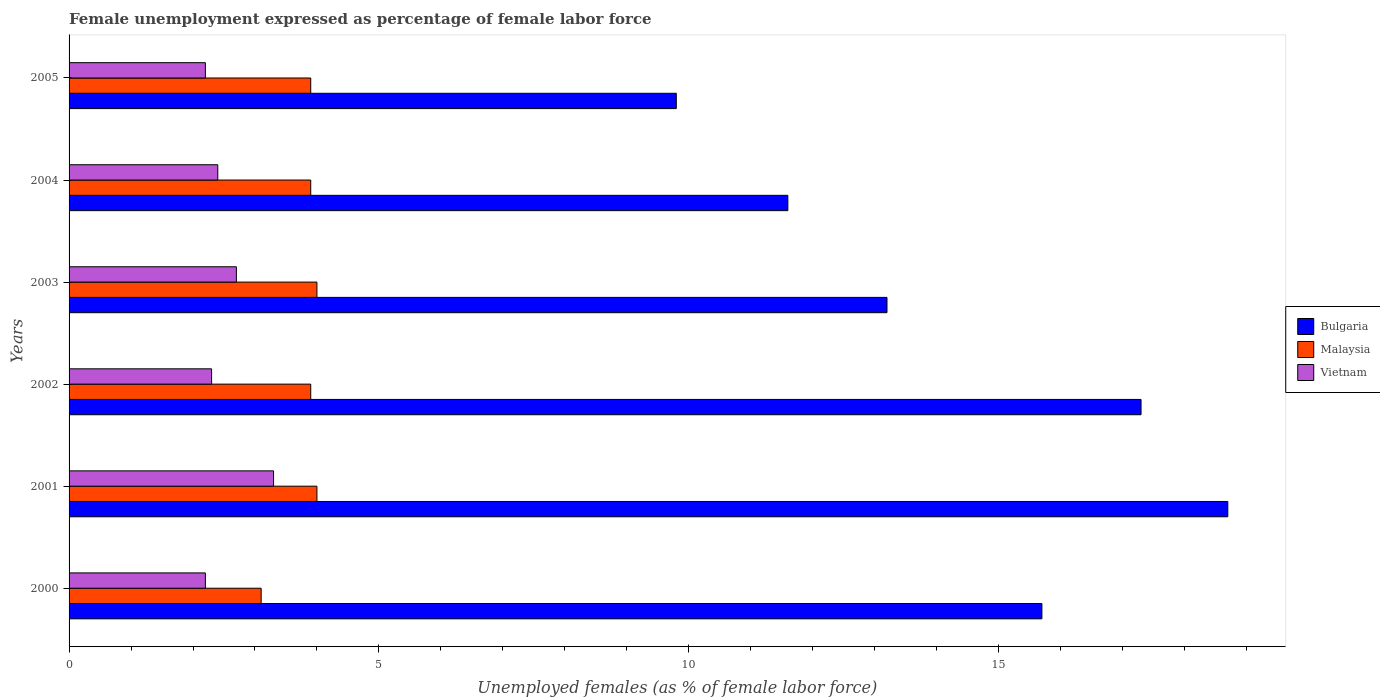
| Years | Bulgaria | Malaysia | Vietnam |
 | --- | --- | --- | --- |
 | 2000 | 15.7 | 3.1 | 2.2 |
 | 2001 | 18.7 | 4 | 3.3 |
 | 2002 | 17.3 | 3.9 | 2.3 |
 | 2003 | 13.2 | 4 | 2.7 |
 | 2004 | 11.6 | 3.9 | 2.4 |
 | 2005 | 9.8 | 3.9 | 2.2 |